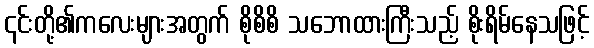
၎င်းတို့၏ကလေးများအတွက် စိုစိစိ သဘောထားကြီးသည့် စိုးရိမ်နေသဖြင့်